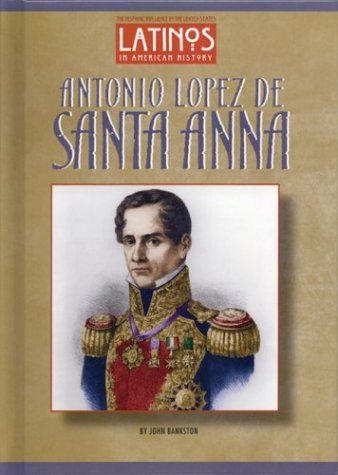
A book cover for Antonio Lopez De Santa Anna (Latinos in American History); John Bankston; Biographies & Memoirs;